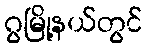
ဂွမြို့နယ်တွင်